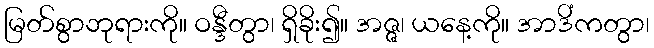
မြတ်စွာဘုရားကို။ ဝန္ဒီတွာ၊ ရှိခိုး၍။ အဇ္ဇ၊ ယနေ့ကို။ အာဒိံကတွာ၊